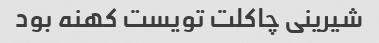
شیرینی چاکلت تویست کهنه بود